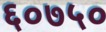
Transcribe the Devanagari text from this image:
६०७५०